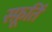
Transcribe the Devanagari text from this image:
स्फ़ूर्ति